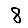
Digit: 8